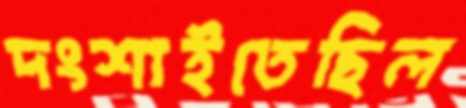
দংশাইতেছিল